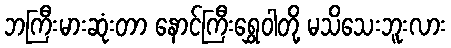
ဘကြီးမားဆုံးတာ နောင်ကြီးရွှေဝါတို့ မသိသေးဘူးလား